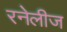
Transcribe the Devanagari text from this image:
रनेलीज